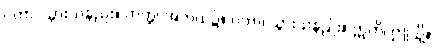
ဂတာ၊ သွားသနည်း။ ကတ္ထ၊ အဘယ်၌။ ဂတာ၊ သွားသနည်း။ ဣတိ၊ ဤသို့။